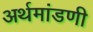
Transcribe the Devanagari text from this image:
अर्थमांडणी